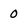
Character: 0